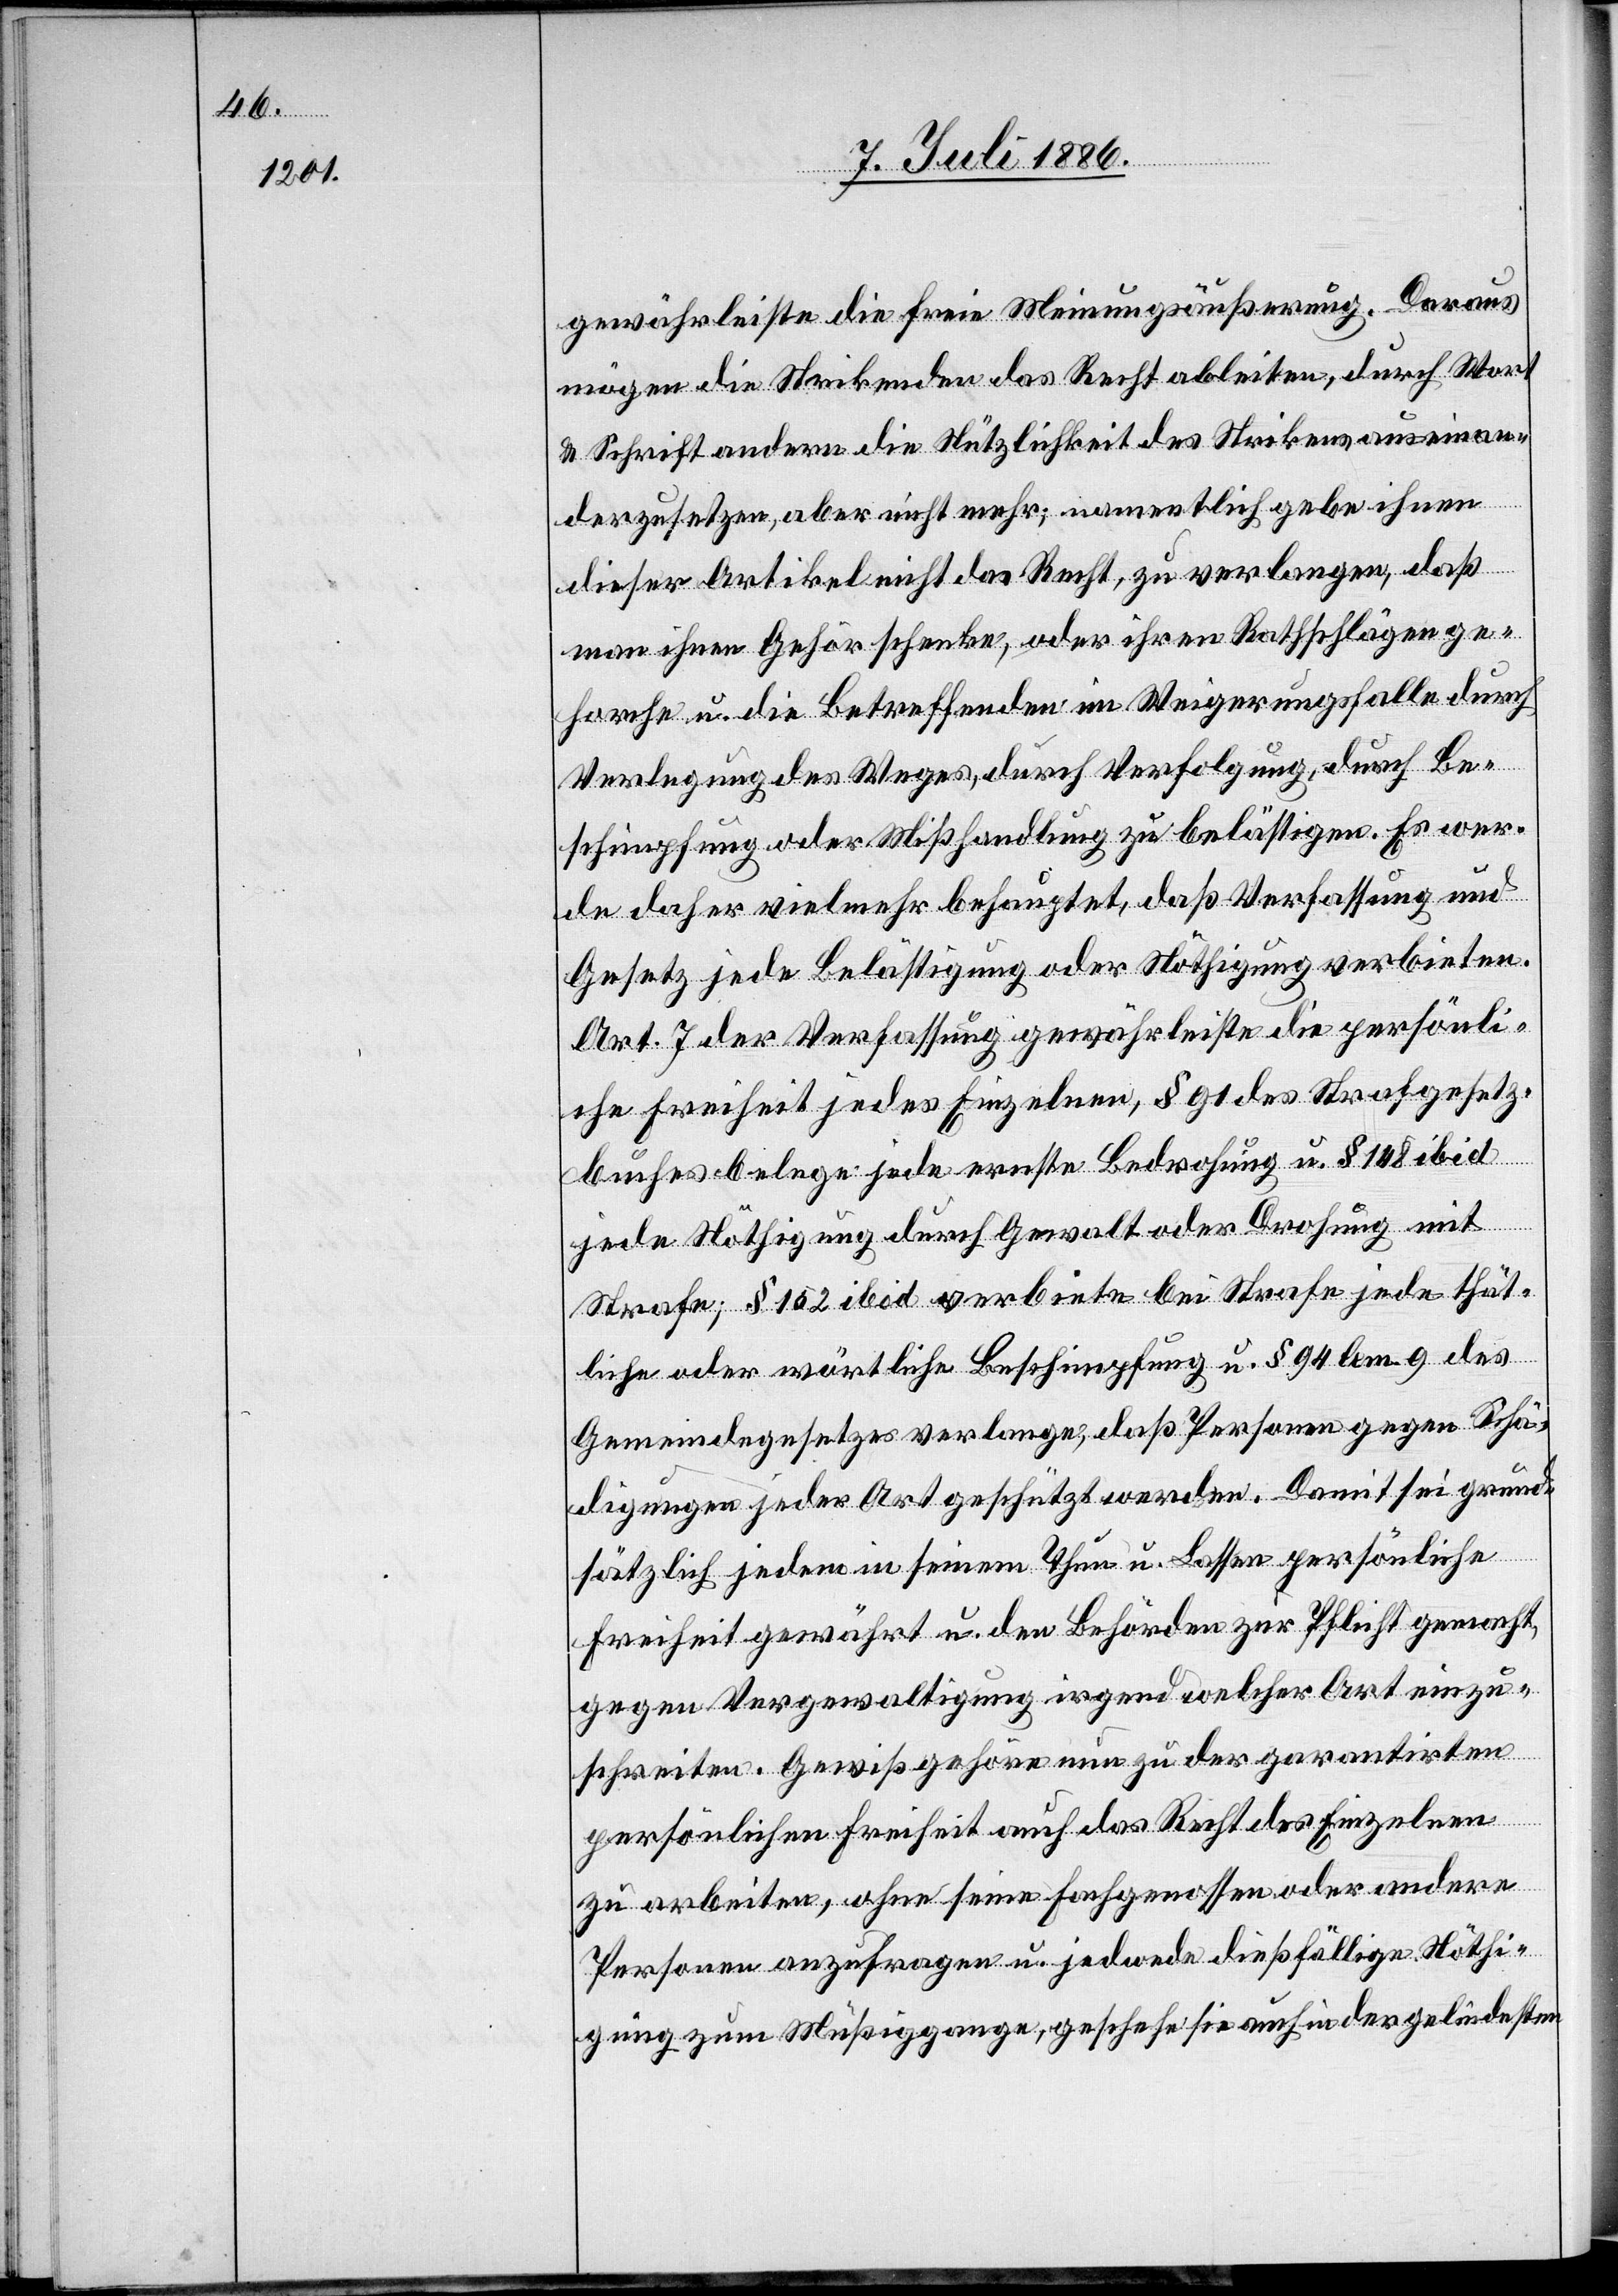
gewährleiste die freie Meinungsäußerung. Daraus
mögen die Strikenden das Recht ableiten, durch Wort
& Schrift andern die Nützlichkeit des Strikens auseinan¬
derzusetzen, aber nicht mehr; namentlich gebe ihnen
dieser Artikel nicht das Recht, zu verlangen, daß
man ihnen Gehör schenke, oder ihren Rathschlägen ge¬
horche u. die Betreffenden im Weigerungsfalle durch
Verlegung des Weges, durch Verfolgung, durch Be¬
schimpfung oder Mißhandlung zu belästigen. Es wer¬
de daher vielmehr behauptet, daß Verfassung und
Gesetz jede Belästigung oder Nöthigung verbieten.
Art. 7 der Verfassung gewährleiste die persönli¬
che Freiheit jedes Einzelnen, § 91 des Strafgesetz¬
buches belege jede ernstliche Bedrohung u. § 148 ibid
jede Nöthigung durch Gewalt oder Drohung mit
Strafe; § 152 ibid verbiete bei Strafe jede thät¬
liche oder wörtliche Beschimpfung u. § 94 lem. 9 des
Gemeindegesetzes verlange, daß Personen gegen Schä¬
digungen jeder Art geschützt werden. Damit sei grund¬
sätzlich jedem in seinem Thun u. Lassen persönliche
Freiheit gewährt u. den Behörden zur Pflicht gemacht,
gegen Vergewaltigung irgend welcher Art einzu¬
schreiten. Gewiß gehöre nun zu der garantirten
persönlichen Freiheit auch das Recht des Einzelnen
zu arbeiten, ohne seine Fachgenossen oder andere
Personen anzufragen u. jedwelche dießfällige Nöthi¬
gung zum Müßiggange, geschehe sie auch in der gelindesten